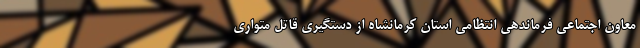
معاون اجتماعی فرماندهی انتظامی استان کرمانشاه از دستگیری قاتل متواری